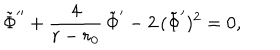
\tilde { \Phi } ^ { \prime \prime } + { \frac { 4 } { r - r _ { 0 } } } \, \tilde { \Phi } ^ { \prime } - 2 \, ( \tilde { \Phi } ^ { \prime } ) ^ { 2 } = 0 ,